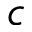
c